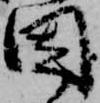
因